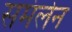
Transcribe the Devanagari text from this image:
समंलेन